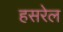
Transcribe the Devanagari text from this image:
हसरेल